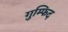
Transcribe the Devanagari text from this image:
गुम्फिद